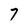
Character: 7